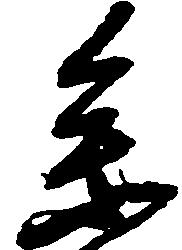
参